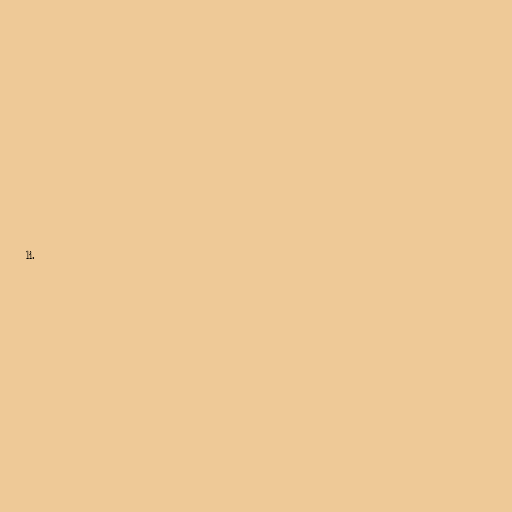
li.